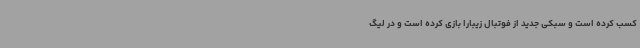
کسب کرده است و سبکی جدید از فوتبال زیبارا بازی کرده است و در لیگ